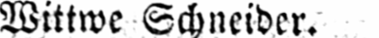
Wittwe Schneider.